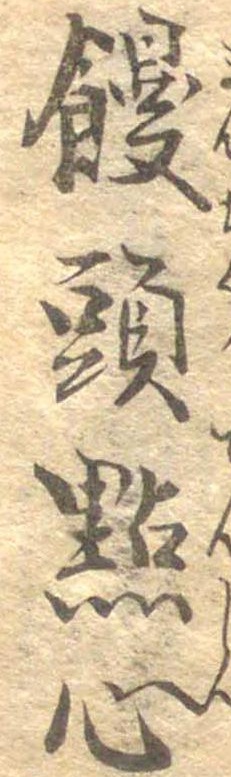
饅頭点心